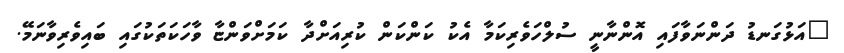
"އަޅުގަނޑު ދަންނަވާފައި އޮންނާނީ ސުލްހަވެރިކަމާ އެކު ކަންކަން ކުރިއަށްދާ ކަމަށްވަންޏާ ވާހަކަތަކުގައި ބައިވެރިވާނަމޭ.